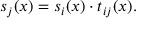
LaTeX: s _ { j } ( x ) = s _ { i } ( x ) \cdot t _ { i j } ( x ) .